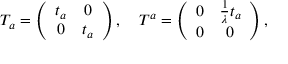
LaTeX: T _ { a } = \left( \begin{array} { c c } { { t _ { a } } } & { { 0 } } \\ { { 0 } } & { { t _ { a } } } \end{array} \right) , ~ ~ ~ T ^ { a } = \left( \begin{array} { c c } { { 0 } } & { { \frac { 1 } { \lambda } t _ { a } } } \\ { { 0 } } & { { 0 } } \end{array} \right) ,